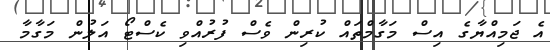
އެ ޖަމިއްޔާގެ އިސް މަގާމްތައް ކުރިން ވެސް ފުރުއްވި ކެސްޓޯ އަލުން މަގާމާ